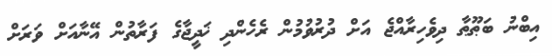
އިބްނު ބަޠޫޠާ ދިވެހިރާއްޖެ އަށް ދުރުވުމުން ރެހެންދި ޚަދީޖާގެ ފަރާތުން އޭނާއަށް ވަރަށް